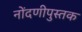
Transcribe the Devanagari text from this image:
नोंदणीपुस्तक